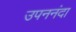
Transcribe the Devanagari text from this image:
उपननंदा